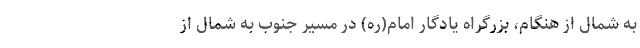
به شمال از هنگام، بزرگراه یادگار امام(ره) در مسیر جنوب به شمال از